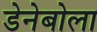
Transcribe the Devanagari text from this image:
डेनेबोला